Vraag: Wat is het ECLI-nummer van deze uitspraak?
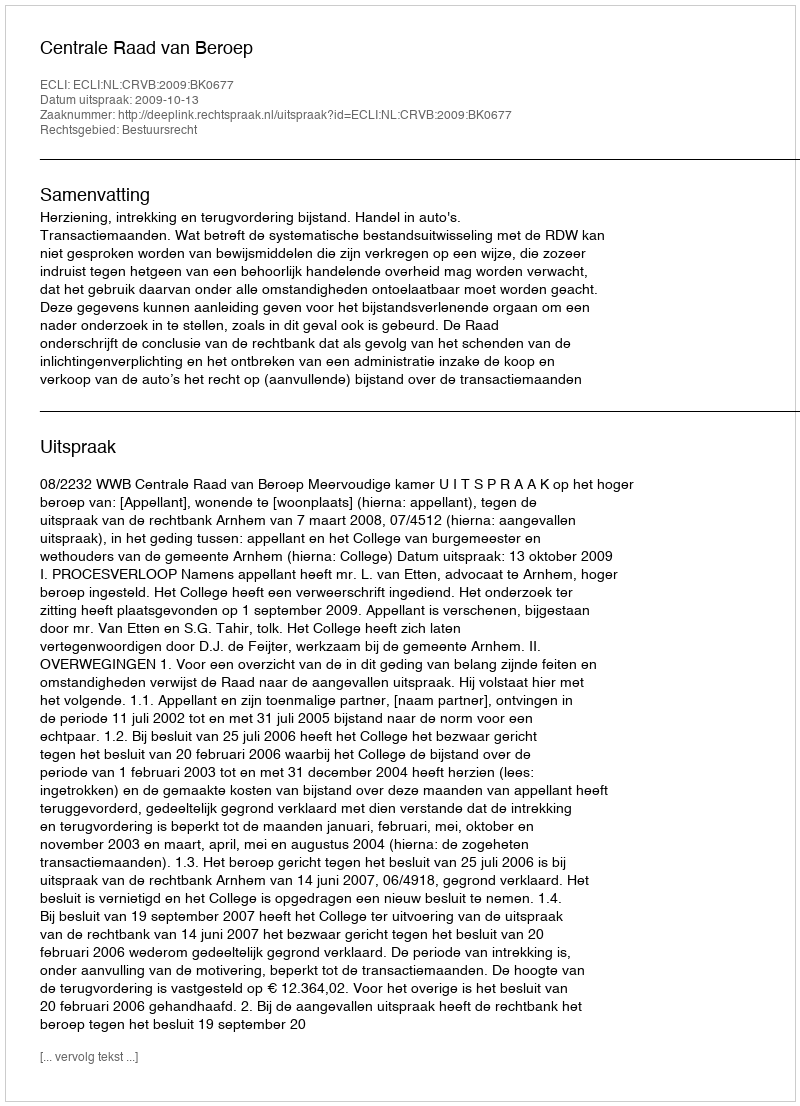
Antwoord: ECLI:NL:CRVB:2009:BK0677